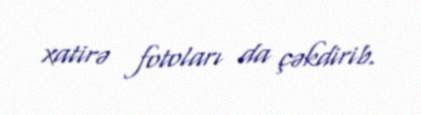
xatirə fotoları da çəkdirib.